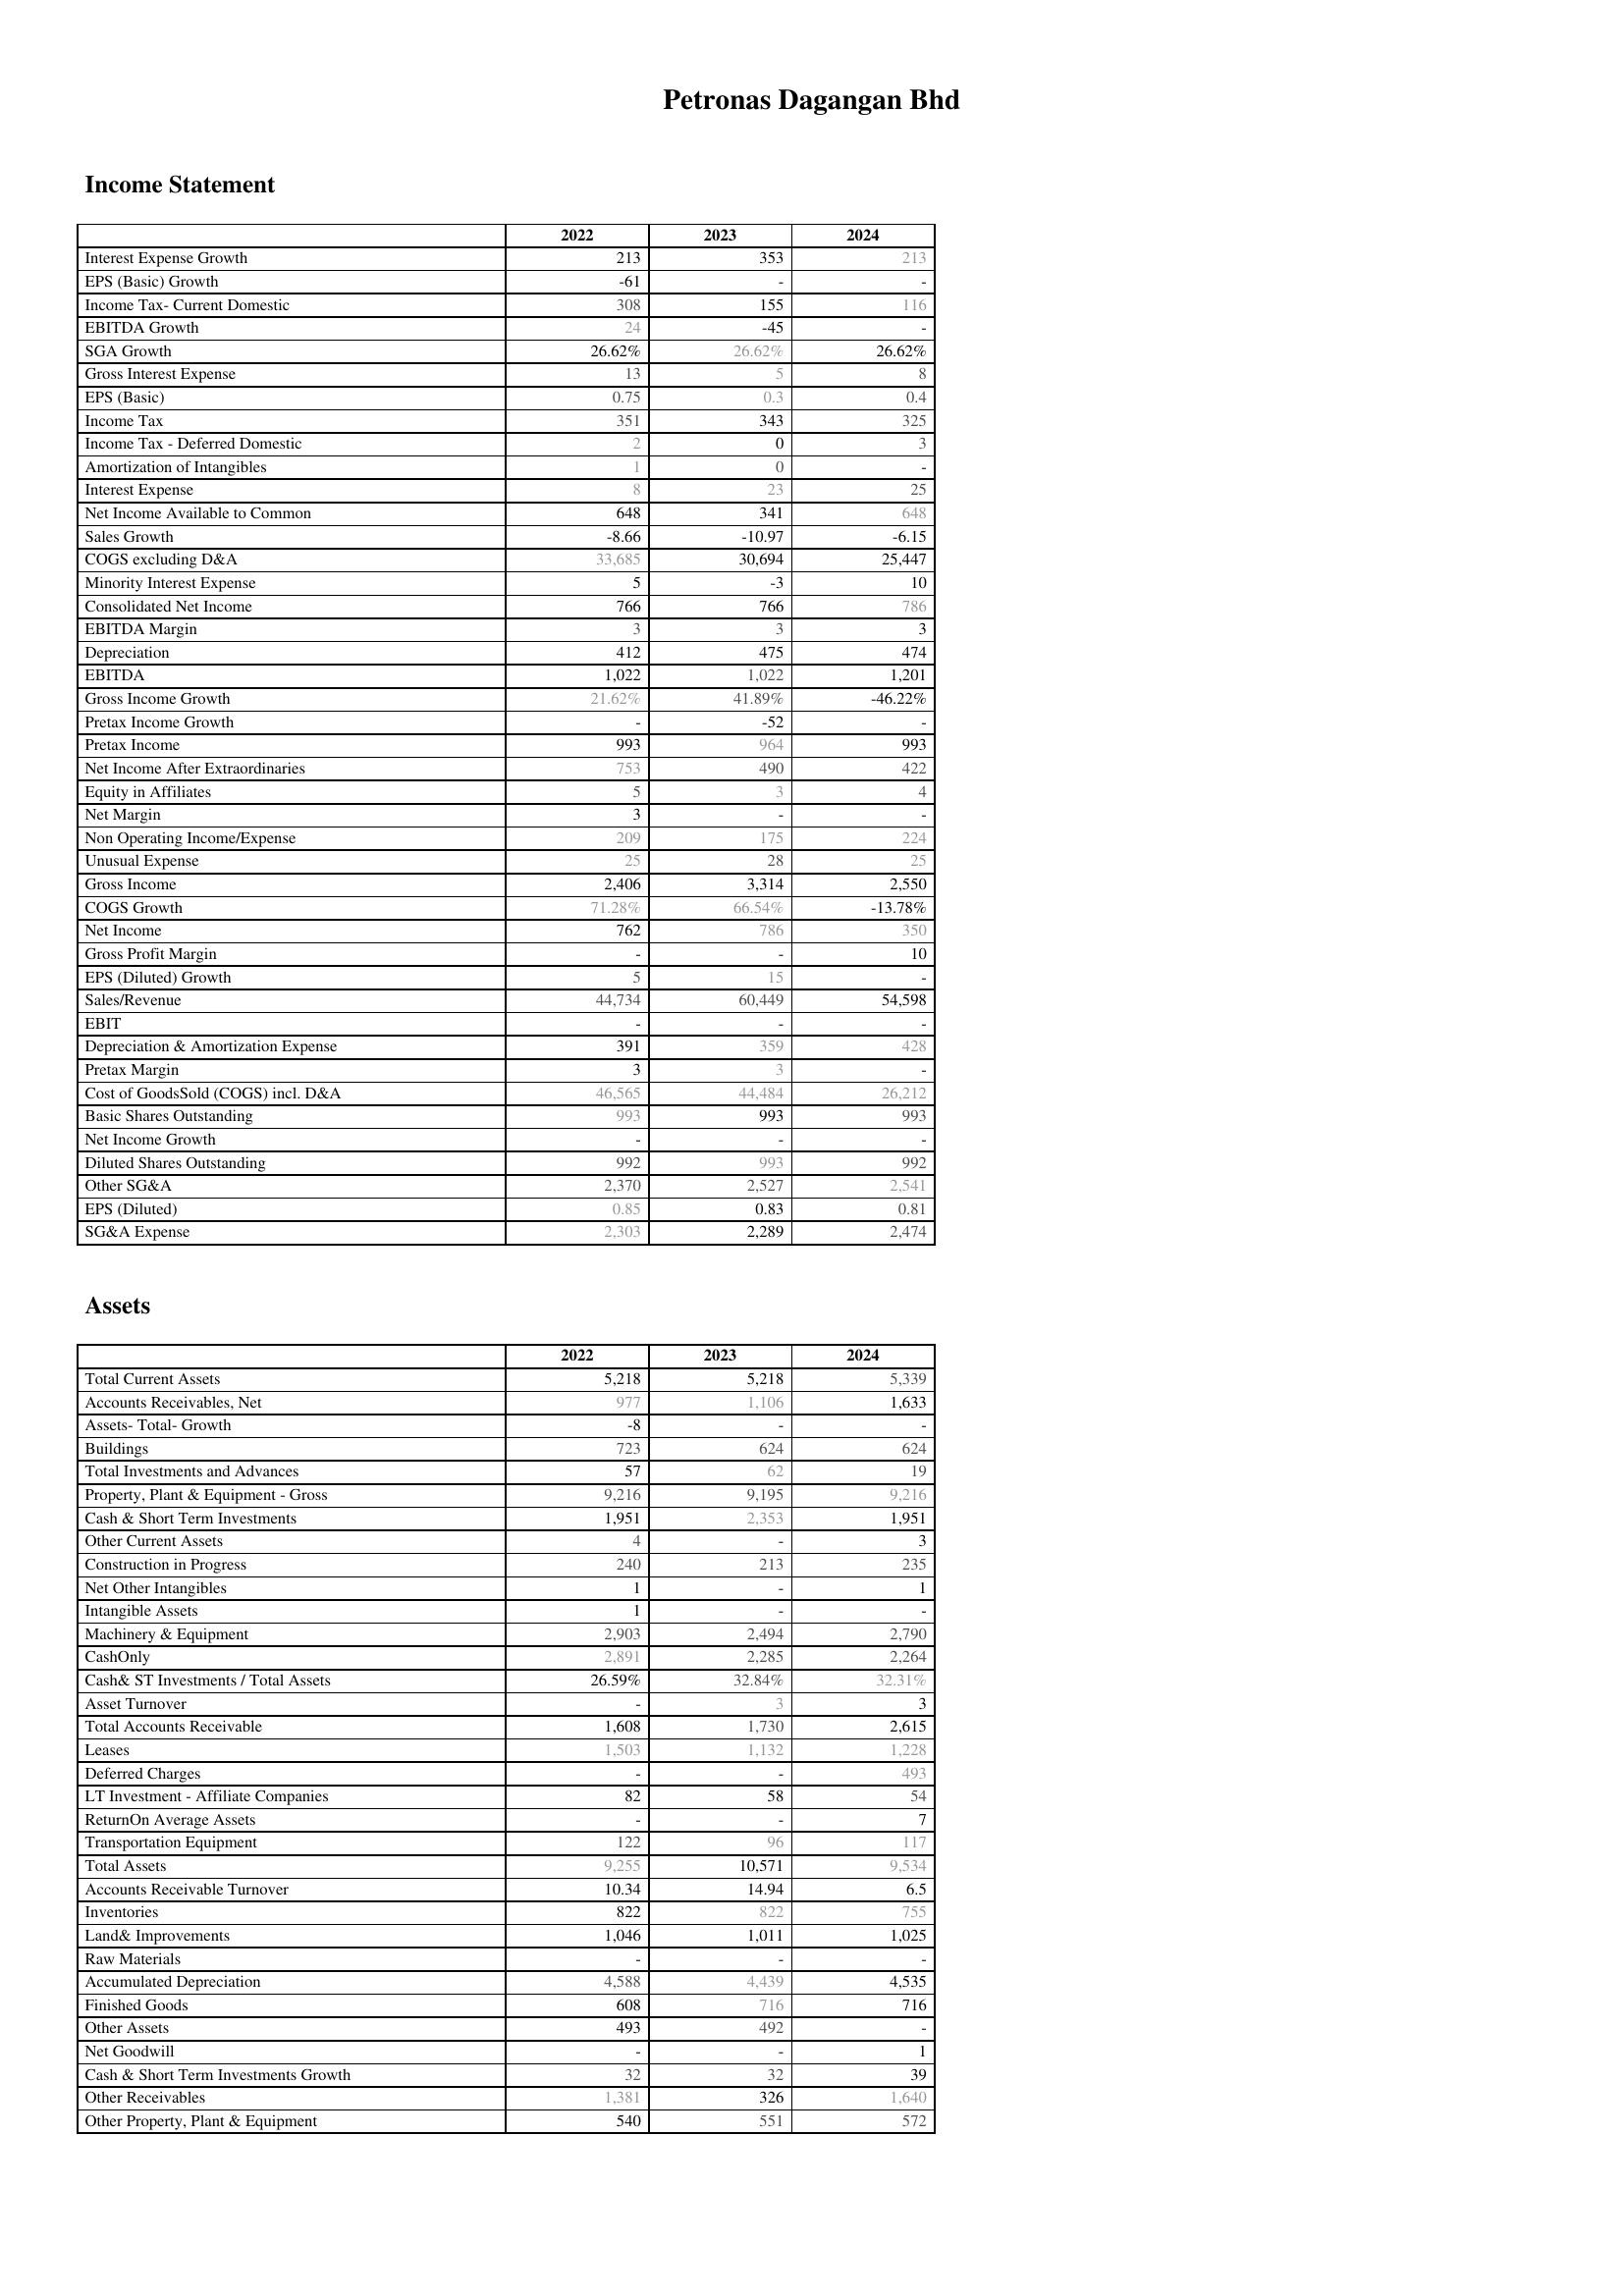
2022: Income Statement: Interest Expense Growth: 213
EPS (Basic) Growth: -61
Income Tax- Current Domestic: 308
EBITDA Growth: 24
SGA Growth: 26.62%
Gross Interest Expense: 13
EPS (Basic): 0.75
Income Tax: 351
Income Tax - Deferred Domestic: 2
Amortization of Intangibles: 1
Interest Expense: 8
Net Income Available to Common: 648
Sales Growth: -8.66
COGS excluding D&A: 33,685
Minority Interest Expense: 5
Consolidated Net Income: 766
EBITDA Margin: 3
Depreciation: 412
EBITDA: 1,022
Gross Income Growth: 21.62%
Pretax Income Growth: -
Pretax Income: 993
Net Income After Extraordinaries: 753
Equity in Affiliates: 5
Net Margin: 3
Non Operating Income/Expense: 209
Unusual Expense: 25
Gross Income: 2,406
COGS Growth: 71.28%
Net Income: 762
Gross Profit Margin: -
EPS (Diluted) Growth: 5
Sales/Revenue: 44,734
EBIT: -
Depreciation & Amortization Expense: 391
Pretax Margin: 3
Cost of GoodsSold (COGS) incl. D&A: 46,565
Basic Shares Outstanding: 993
Net Income Growth: -
Diluted Shares Outstanding: 992
Other SG&A: 2,370
EPS (Diluted): 0.85
SG&A Expense: 2,303
Assets: Total Current Assets: 5,218
Accounts Receivables, Net: 977
Assets- Total- Growth: -8
Buildings: 723
Total Investments and Advances: 57
Property, Plant & Equipment - Gross : 9,216
Cash & Short Term Investments: 1,951
Other Current Assets: 4
Construction in Progress: 240
Net Other Intangibles: 1
Intangible Assets: 1
Machinery & Equipment: 2,903
CashOnly: 2,891
Cash& ST Investments / Total Assets: 26.59%
Asset Turnover: -
Total Accounts Receivable: 1,608
Leases: 1,503
Deferred Charges: -
LT Investment - Affiliate Companies: 82
ReturnOn Average Assets: -
Transportation Equipment: 122
Total Assets: 9,255
Accounts Receivable Turnover: 10.34
Inventories: 822
Land& Improvements: 1,046
Raw Materials: -
Accumulated Depreciation: 4,588
Finished Goods: 608
Other Assets: 493
Net Goodwill: -
Cash & Short Term Investments Growth: 32
Other Receivables: 1,381
Other Property, Plant & Equipment: 540
2023: Income Statement: Interest Expense Growth: 353
EPS (Basic) Growth: -
Income Tax- Current Domestic: 155
EBITDA Growth: -45
SGA Growth: 26.62%
Gross Interest Expense: 5
EPS (Basic): 0.3
Income Tax: 343
Income Tax - Deferred Domestic: 0
Amortization of Intangibles: 0
Interest Expense: 23
Net Income Available to Common: 341
Sales Growth: -10.97
COGS excluding D&A: 30,694
Minority Interest Expense: -3
Consolidated Net Income: 766
EBITDA Margin: 3
Depreciation: 475
EBITDA: 1,022
Gross Income Growth: 41.89%
Pretax Income Growth: -52
Pretax Income: 964
Net Income After Extraordinaries: 490
Equity in Affiliates: 3
Net Margin: -
Non Operating Income/Expense: 175
Unusual Expense: 28
Gross Income: 3,314
COGS Growth: 66.54%
Net Income: 786
Gross Profit Margin: -
EPS (Diluted) Growth: 15
Sales/Revenue: 60,449
EBIT: -
Depreciation & Amortization Expense: 359
Pretax Margin: 3
Cost of GoodsSold (COGS) incl. D&A: 44,484
Basic Shares Outstanding: 993
Net Income Growth: -
Diluted Shares Outstanding: 993
Other SG&A: 2,527
EPS (Diluted): 0.83
SG&A Expense: 2,289
Assets: Total Current Assets: 5,218
Accounts Receivables, Net: 1,106
Assets- Total- Growth: -
Buildings: 624
Total Investments and Advances: 62
Property, Plant & Equipment - Gross : 9,195
Cash & Short Term Investments: 2,353
Other Current Assets: -
Construction in Progress: 213
Net Other Intangibles: -
Intangible Assets: -
Machinery & Equipment: 2,494
CashOnly: 2,285
Cash& ST Investments / Total Assets: 32.84%
Asset Turnover: 3
Total Accounts Receivable: 1,730
Leases: 1,132
Deferred Charges: -
LT Investment - Affiliate Companies: 58
ReturnOn Average Assets: -
Transportation Equipment: 96
Total Assets: 10,571
Accounts Receivable Turnover: 14.94
Inventories: 822
Land& Improvements: 1,011
Raw Materials: -
Accumulated Depreciation: 4,439
Finished Goods: 716
Other Assets: 492
Net Goodwill: -
Cash & Short Term Investments Growth: 32
Other Receivables: 326
Other Property, Plant & Equipment: 551
2024: Income Statement: Interest Expense Growth: 213
EPS (Basic) Growth: -
Income Tax- Current Domestic: 116
EBITDA Growth: -
SGA Growth: 26.62%
Gross Interest Expense: 8
EPS (Basic): 0.4
Income Tax: 325
Income Tax - Deferred Domestic: 3
Amortization of Intangibles: -
Interest Expense: 25
Net Income Available to Common: 648
Sales Growth: -6.15
COGS excluding D&A: 25,447
Minority Interest Expense: 10
Consolidated Net Income: 786
EBITDA Margin: 3
Depreciation: 474
EBITDA: 1,201
Gross Income Growth: -46.22%
Pretax Income Growth: -
Pretax Income: 993
Net Income After Extraordinaries: 422
Equity in Affiliates: 4
Net Margin: -
Non Operating Income/Expense: 224
Unusual Expense: 25
Gross Income: 2,550
COGS Growth: -13.78%
Net Income: 350
Gross Profit Margin: 10
EPS (Diluted) Growth: -
Sales/Revenue: 54,598
EBIT: -
Depreciation & Amortization Expense: 428
Pretax Margin: -
Cost of GoodsSold (COGS) incl. D&A: 26,212
Basic Shares Outstanding: 993
Net Income Growth: -
Diluted Shares Outstanding: 992
Other SG&A: 2,541
EPS (Diluted): 0.81
SG&A Expense: 2,474
Assets: Total Current Assets: 5,339
Accounts Receivables, Net: 1,633
Assets- Total- Growth: -
Buildings: 624
Total Investments and Advances: 19
Property, Plant & Equipment - Gross : 9,216
Cash & Short Term Investments: 1,951
Other Current Assets: 3
Construction in Progress: 235
Net Other Intangibles: 1
Intangible Assets: -
Machinery & Equipment: 2,790
CashOnly: 2,264
Cash& ST Investments / Total Assets: 32.31%
Asset Turnover: 3
Total Accounts Receivable: 2,615
Leases: 1,228
Deferred Charges: 493
LT Investment - Affiliate Companies: 54
ReturnOn Average Assets: 7
Transportation Equipment: 117
Total Assets: 9,534
Accounts Receivable Turnover: 6.5
Inventories: 755
Land& Improvements: 1,025
Raw Materials: -
Accumulated Depreciation: 4,535
Finished Goods: 716
Other Assets: -
Net Goodwill: 1
Cash & Short Term Investments Growth: 39
Other Receivables: 1,640
Other Property, Plant & Equipment: 572